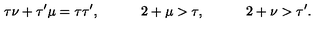
\tau \nu + \tau ^ { \prime } \mu = \tau \tau ^ { \prime } , \quad \qquad 2 + \mu > \tau , \quad \qquad 2 + \nu > \tau ^ { \prime } .